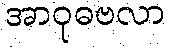
အာဝုဓဗလာ